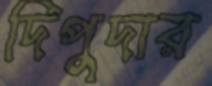
দিপুদার